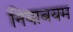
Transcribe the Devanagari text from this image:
नियाबयम